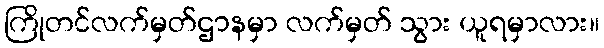
ကြိုတင်လက်မှတ်ဌာနမှာ လက်မှတ် သွား ယူရမှာလား။